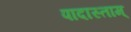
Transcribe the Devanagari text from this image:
पादास्ताम्